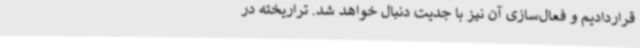
قراردادیم و فعال‌سازی آن نیز با جدیت دنبال خواهد شد. تراریخته در